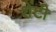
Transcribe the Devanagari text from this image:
शेंटी